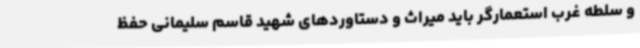
و سلطه غرب استعمارگر باید میراث و دستاوردهای شهید قاسم سلیمانی حفظ